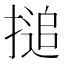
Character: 搥